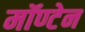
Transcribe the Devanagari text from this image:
मॉण्टेन